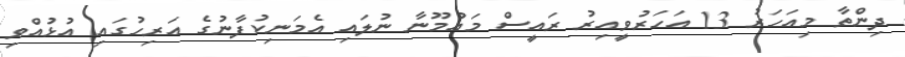
ދިންތާ މިއަހަރު 13 އަހަރުވީއިރު ރައީސް މައުމޫނާ ނުލައި އެމަނިކުފާނުގެ އަރިހުގައި އުޅުއްވި